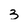
Character: 3